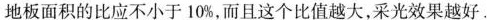
地板面积的比应不小于10%，而且这个比值越大，采光效果越好。